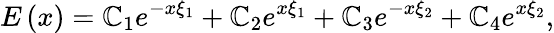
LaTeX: E\left(x\right)=\mathbb{C}_{1}e^{-x\xi_{1}}+\mathbb{C}_{2}e^{x\xi_{1}}+\mathbb{C}_{3}e^{-x\xi_{2}}+\mathbb{C}_{4}e^{x\xi_{2}},